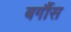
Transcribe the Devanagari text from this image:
बर्गौस